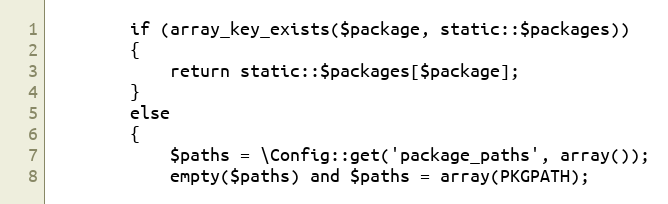
Language: PHP
		if (array_key_exists($package, static::$packages))
		{
			return static::$packages[$package];
		}
		else
		{
			$paths = \Config::get('package_paths', array());
			empty($paths) and $paths = array(PKGPATH);